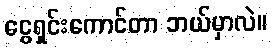
ငွေရှင်းကောင်တာ ဘယ်မှာလဲ။